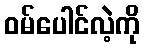
ဝမ်ပေါင်လဲ့ကို